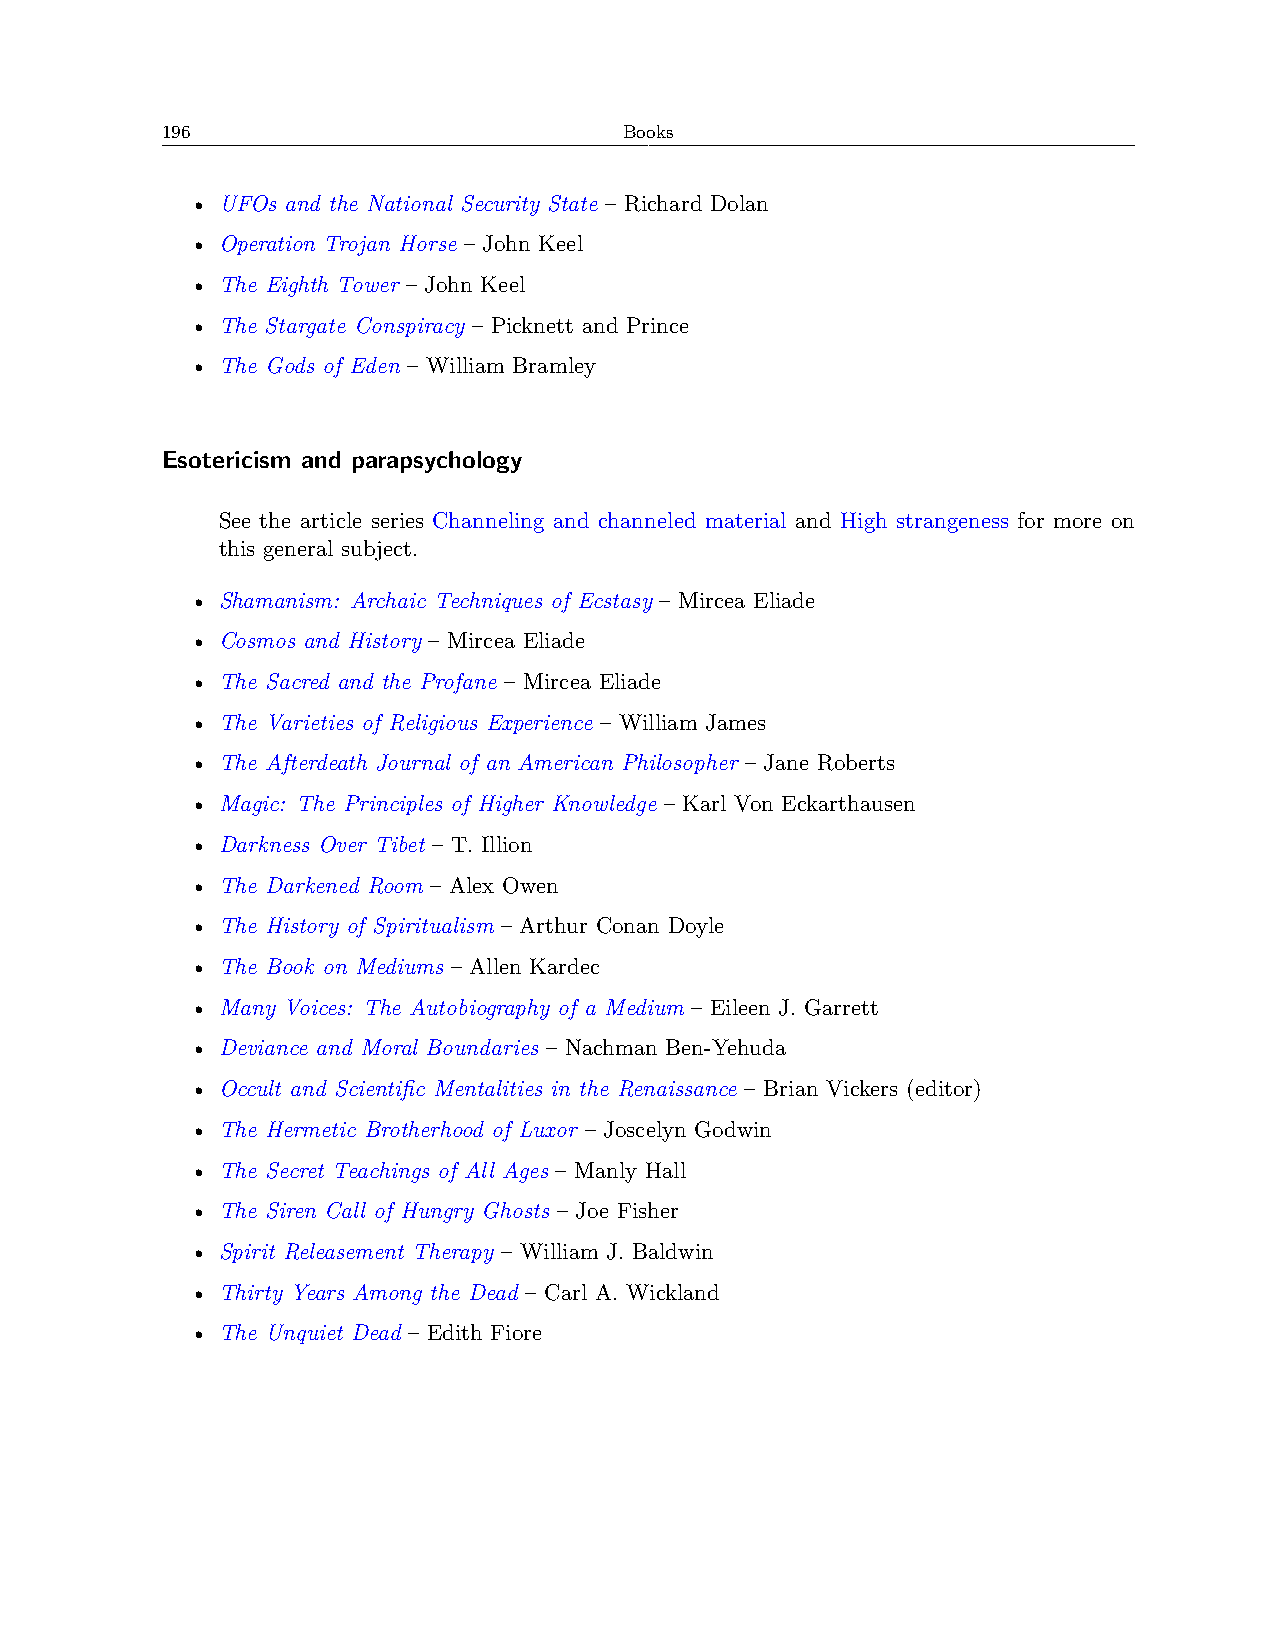
196                           Books
 • UFOs and the National Security State – Richard Dolan
 • Operation Trojan Horse – John Keel
 • The Eighth Tower – John Keel
 • The Stargate Conspiracy – Picknett and Prince
 • The Gods of Eden – William Bramley
 Esotericism and parapsychology
 See the article series Channeling and channeled material and High strangeness for more on
 this general subject.
 • Shamanism: Archaic Techniques of Ecstasy – Mircea Eliade
 • Cosmos and History – Mircea Eliade
 • The Sacred and the Profane – Mircea Eliade
 • The Varieties of Religious Experience – William James
 • The Afterdeath Journal of an American Philosopher – Jane Roberts
 • Magic: The Principles of Higher Knowledge – Karl Von Eckarthausen
 • Darkness Over Tibet – T. Illion
 • The Darkened Room – Alex Owen
 • The History of Spiritualism – Arthur Conan Doyle
 • The Book on Mediums – Allen Kardec
 • Many Voices: The Autobiography of a Medium – Eileen J. Garrett
 • Deviance and Moral Boundaries – Nachman Ben-Yehuda
 • Occult and Scientific Mentalities in the Renaissance – Brian Vickers (editor)
 • The Hermetic Brotherhood of Luxor – Joscelyn Godwin
 • The Secret Teachings of All Ages – Manly Hall
 • The Siren Call of Hungry Ghosts – Joe Fisher
 • Spirit Releasement Therapy – William J. Baldwin
 • Thirty Years Among the Dead – Carl A. Wickland
 • The Unquiet Dead – Edith Fiore